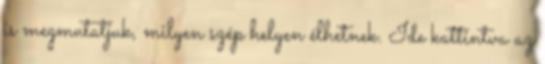
is megmutatjuk, milyen szép helyen élhetnek. Ide kattintva az